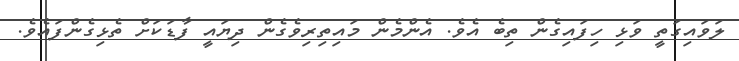
ލަވައިގަތީ ވަޅި ހިފައިގެން ތިބެ އެވެ. އެންމެން މައިތިރިވެގެން ދިޔައީ ފާޑަކަށް ތެޅިގެންފައެވެ.